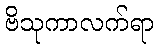
ဗိသုကာလက်ရာ